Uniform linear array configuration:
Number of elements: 4
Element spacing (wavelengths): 0.25
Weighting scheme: cosine
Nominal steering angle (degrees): -45
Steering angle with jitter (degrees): -44.272
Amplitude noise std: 0.05
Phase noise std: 0.05

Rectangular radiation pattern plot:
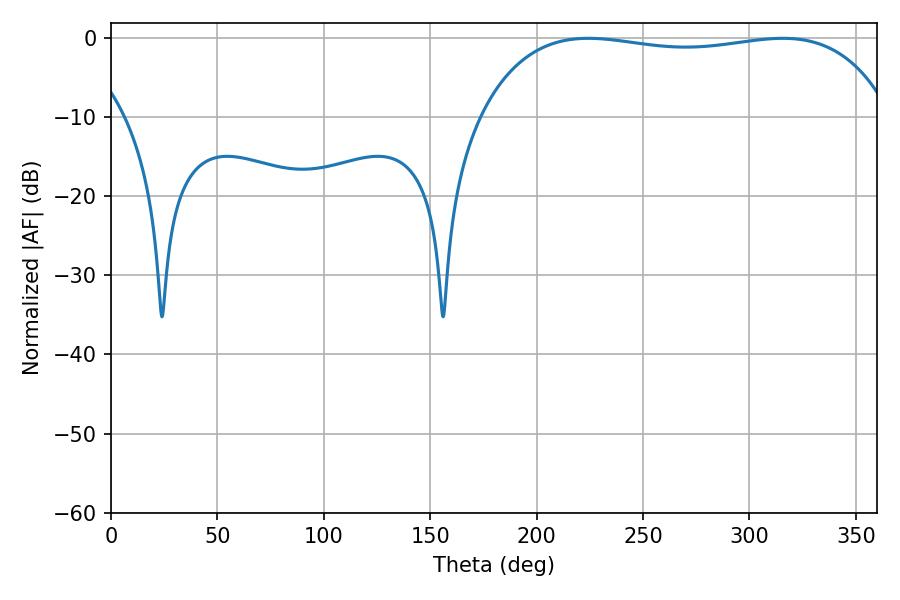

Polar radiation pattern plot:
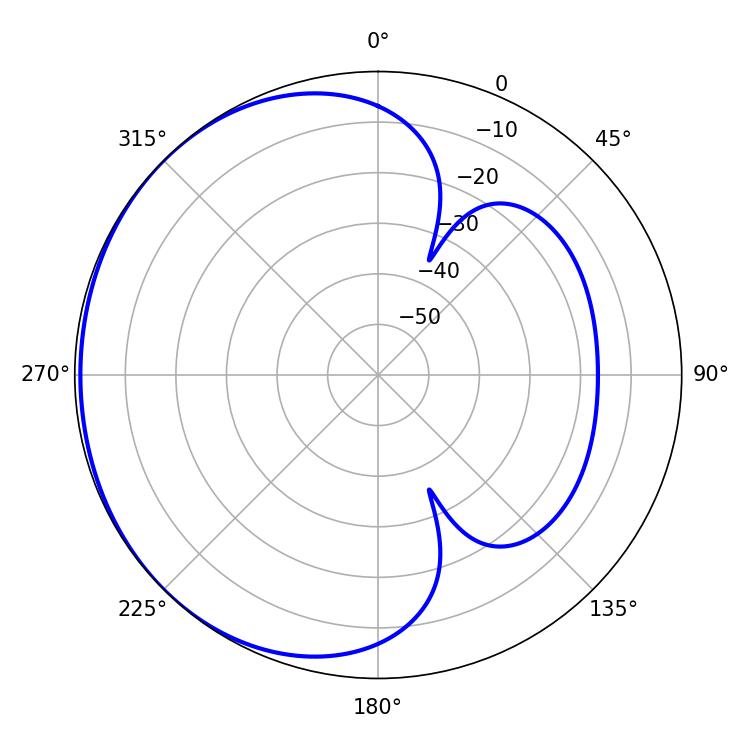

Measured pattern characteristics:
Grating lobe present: FALSE
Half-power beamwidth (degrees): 155.16
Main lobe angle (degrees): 224.28